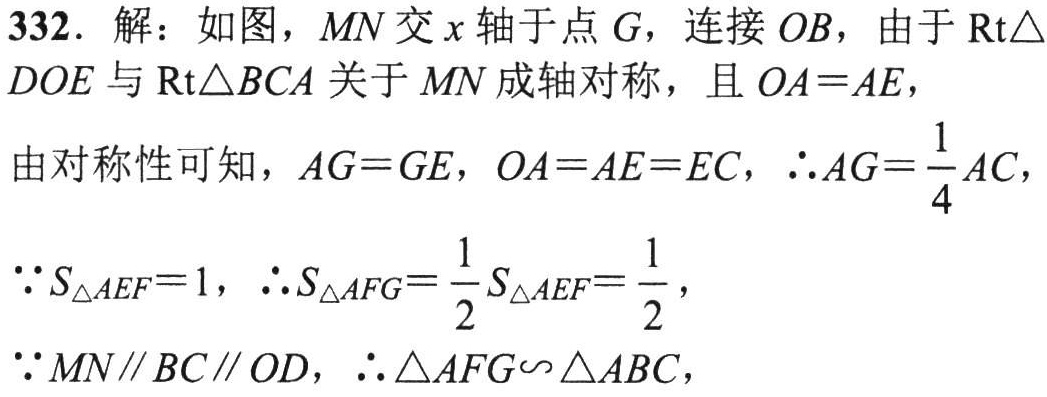
332. 解：如图，$MN$交$x$轴于点$G$，连接$OB$，由于$\text{Rt}\triangle DOE$与$\text{Rt}\triangle BCA$关于$MN$成轴对称，且$OA = AE$，

由对称性可知，$AG = GE$，$OA = AE = EC$，$\therefore AG=\frac{1}{4}AC$，

$\because S_{\triangle AEF}=1$，$\therefore S_{\triangle AFG}=\frac{1}{2}S_{\triangle AEF}=\frac{1}{2}$，

$\because MN\parallel BC\parallel OD$，$\therefore \triangle AFG\backsim \triangle ABC$，